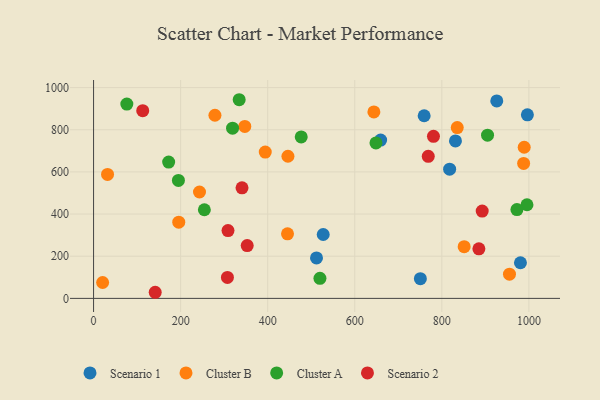
{"axis": {"x": "Ad Spend", "y": "Demand"}, "legend": ["Cluster A", "Cluster B", "Scenario 1", "Scenario 2"], "data": [{"x": "980.6", "y": 169.0, "type": "Scenario 1"}, {"x": "817.9", "y": 612.8, "type": "Scenario 1"}, {"x": "750.7", "y": 93.6, "type": "Scenario 1"}, {"x": "996.5", "y": 870.9, "type": "Scenario 1"}, {"x": "759.4", "y": 866.5, "type": "Scenario 1"}, {"x": "512.1", "y": 192.0, "type": "Scenario 1"}, {"x": "527.5", "y": 303.1, "type": "Scenario 1"}, {"x": "831.3", "y": 746.9, "type": "Scenario 1"}, {"x": "926.2", "y": 936.6, "type": "Scenario 1"}, {"x": "659.4", "y": 751.3, "type": "Scenario 1"}, {"x": "394.4", "y": 694.3, "type": "Cluster B"}, {"x": "195.7", "y": 361.8, "type": "Cluster B"}, {"x": "989.2", "y": 717.0, "type": "Cluster B"}, {"x": "643.9", "y": 884.8, "type": "Cluster B"}, {"x": "347.4", "y": 815.9, "type": "Cluster B"}, {"x": "445.5", "y": 306.5, "type": "Cluster B"}, {"x": "955.4", "y": 115.0, "type": "Cluster B"}, {"x": "20.8", "y": 75.4, "type": "Cluster B"}, {"x": "278.8", "y": 868.9, "type": "Cluster B"}, {"x": "446.5", "y": 674.3, "type": "Cluster B"}, {"x": "851.3", "y": 245.4, "type": "Cluster B"}, {"x": "987.9", "y": 640.5, "type": "Cluster B"}, {"x": "835.4", "y": 810.2, "type": "Cluster B"}, {"x": "243.3", "y": 504.8, "type": "Cluster B"}, {"x": "32.1", "y": 588.1, "type": "Cluster B"}, {"x": "76.4", "y": 921.8, "type": "Cluster A"}, {"x": "334.5", "y": 942.5, "type": "Cluster A"}, {"x": "520.0", "y": 95.0, "type": "Cluster A"}, {"x": "319.3", "y": 807.3, "type": "Cluster A"}, {"x": "477.0", "y": 766.0, "type": "Cluster A"}, {"x": "905.0", "y": 774.1, "type": "Cluster A"}, {"x": "995.6", "y": 444.3, "type": "Cluster A"}, {"x": "194.9", "y": 559.7, "type": "Cluster A"}, {"x": "648.7", "y": 737.4, "type": "Cluster A"}, {"x": "972.5", "y": 421.5, "type": "Cluster A"}, {"x": "172.5", "y": 646.8, "type": "Cluster A"}, {"x": "254.5", "y": 420.5, "type": "Cluster A"}, {"x": "352.9", "y": 250.7, "type": "Scenario 2"}, {"x": "341.0", "y": 524.7, "type": "Scenario 2"}, {"x": "307.5", "y": 99.6, "type": "Scenario 2"}, {"x": "768.8", "y": 673.9, "type": "Scenario 2"}, {"x": "780.8", "y": 768.7, "type": "Scenario 2"}, {"x": "885.1", "y": 234.9, "type": "Scenario 2"}, {"x": "308.8", "y": 321.6, "type": "Scenario 2"}, {"x": "141.6", "y": 29.0, "type": "Scenario 2"}, {"x": "892.7", "y": 414.0, "type": "Scenario 2"}, {"x": "112.9", "y": 890.6, "type": "Scenario 2"}]}